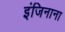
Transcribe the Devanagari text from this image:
इंजिनाना